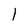
Character: 1